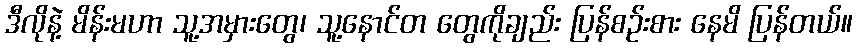
ဒီလိုနဲ့ မိန်းမဟာ သူ့အမှားတွေ၊ သူ့နောင်တ တွေကိုချည်း ပြန်စဉ်းစား နေမိ ပြန်တယ်။